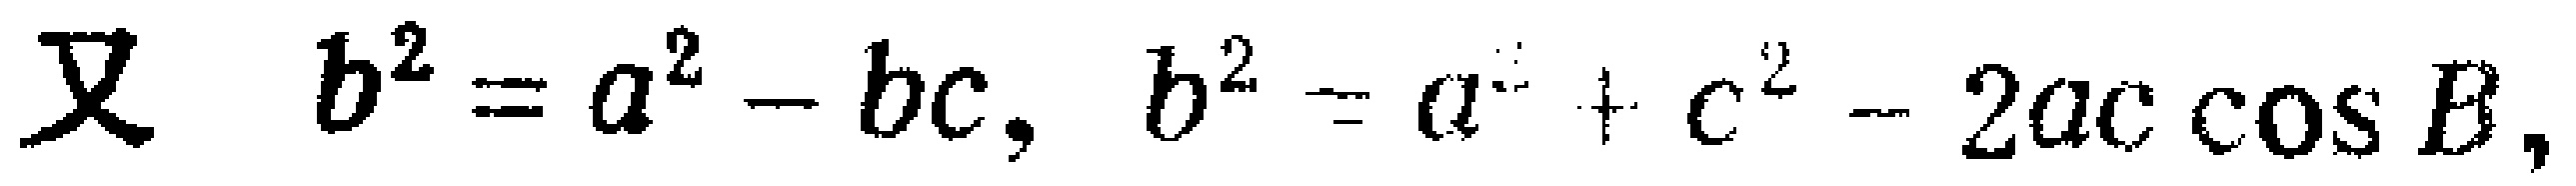
又 \(b^{2}=a^{2}-bc,\ b^{2}=a^{2}+c^{2}-2ac\cos B,\)